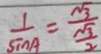
\frac { 1 } { \sin A } = \frac { \sqrt { 3 } } { \frac { \sqrt { 3 } } { 2 } }